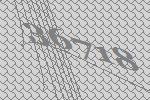
36718